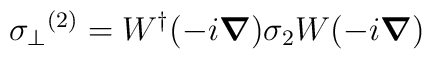
{\sigma_{\perp}}^{(2)} = W^{\dag} (-i \mbox{\boldmath $\nabla$}) \sigma_{2} W (-i \mbox{\boldmath $\nabla$})